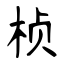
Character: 桢